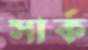
সার্ক